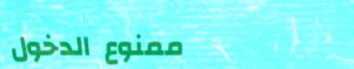
ممنوع الدخول